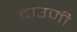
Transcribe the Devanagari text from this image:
दाउजी